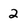
Character: 2